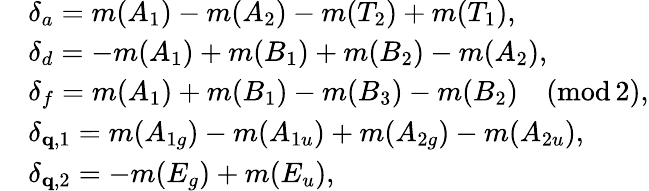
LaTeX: \begin{array}{rl}&{\delta_{a}=m(A_{1})-m(A_{2})-m(T_{2})+m(T_{1}),}\\ &{\delta_{d}=-m(A_{1})+m(B_{1})+m(B_{2})-m(A_{2}),}\\ &{\delta_{f}=m(A_{1})+m(B_{1})-m(B_{3})-m(B_{2})\quad(\mathrm{mod}\, 2),}\\ &{\delta_{\mathbf{q},1}=m(A_{1g})-m(A_{1u})+m(A_{2g})-m(A_{2u}),}\\ &{\delta_{\mathbf{q},2}=-m(E_{g})+m(E_{u}),}\end{array}